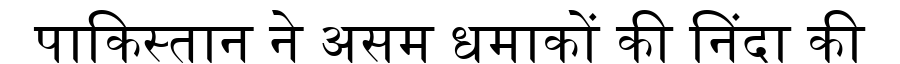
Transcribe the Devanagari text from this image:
पाकिस्तान ने असम धमाकों की निंदा की